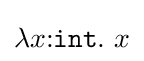
\lambda x{\mathbin {:}}{\mathtt {int}}.~x